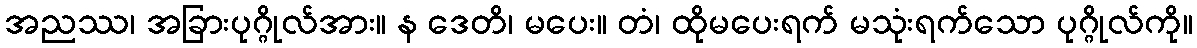
အညဿ၊ အခြားပုဂ္ဂိုလ်အား။ န ဒေတိ၊ မပေး။ တံ၊ ထိုမပေးရက် မသုံးရက်သော ပုဂ္ဂိုလ်ကို။